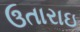
ઉતારાઇ